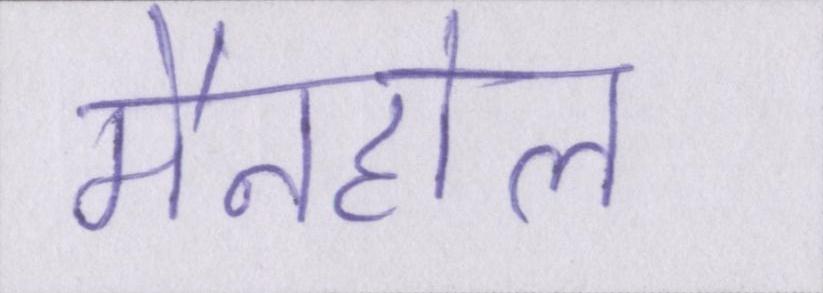
मैनहोल